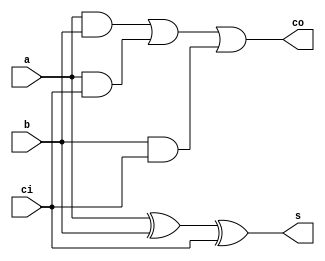
module add(a,b,ci,co,s);
  input a,b,ci;
  output s,co;
  assign s=a^b^ci;
  assign co=a&b|a&ci|b&ci;
endmodule